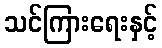
သင်ကြားရေးနှင့်